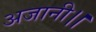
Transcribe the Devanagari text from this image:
अजानी।।